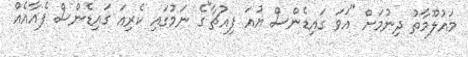
މައުލޫމާތު ދިނުމަށް "އަވަ ގައިޑެންސް ޔުއަ ފިއުޗާ"ގެ ނަމުގައި ކެރިއަ ގައިޑެންސް ފެއާއެއް